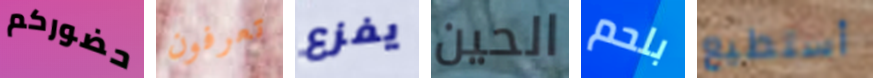
حضوركم تعرفون يفزع الحين بلحم أستطيع